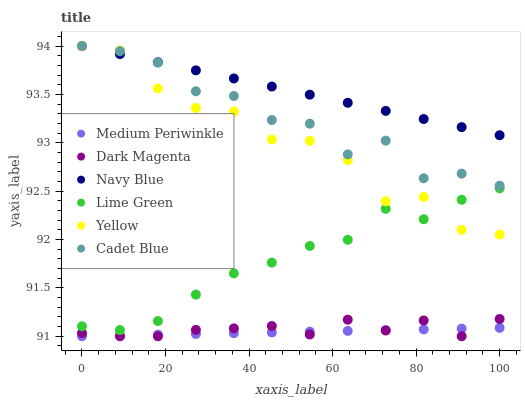
| xaxis_label | Medium Periwinkle | Dark Magenta | Navy Blue | Lime Green | Yellow | Cadet Blue |
 | --- | --- | --- | --- | --- | --- | --- |
 | 0 | 91 | 91 | 94 | 91.1 | 94 | 94 |
 | 9.09 | 91 | 91 | 93.9 | 91.1 | 94 | 93.9 |
 | 18.2 | 91 | 91 | 93.8 | 91.2 | 93.6 | 93.8 |
 | 27.3 | 91 | 91.1 | 93.7 | 91.4 | 93.4 | 93.5 |
 | 36.4 | 91 | 91.1 | 93.7 | 91.6 | 93.3 | 93.5 |
 | 45.5 | 91 | 91.1 | 93.6 | 91.8 | 93 | 93.2 |
 | 54.5 | 91 | 91 | 93.5 | 91.9 | 93 | 93.2 |
 | 63.6 | 91.1 | 91.2 | 93.4 | 92 | 92.8 | 92.9 |
 | 72.7 | 91.1 | 91.1 | 93.3 | 92.3 | 92.4 | 93 |
 | 81.8 | 91.1 | 91.2 | 93.2 | 92.2 | 92.4 | 92.6 |
 | 90.9 | 91.1 | 91 | 93.2 | 92.4 | 92.1 | 92.7 |
 | 100 | 91.1 | 91.2 | 93.1 | 92.5 | 92.1 | 92.6 |